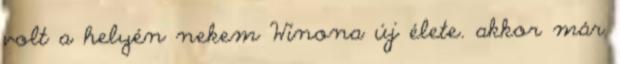
volt a helyén nekem Winona új élete. akkor már